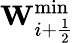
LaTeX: \mathbf{W}_{i+\frac{1}{2}}^{\operatorname*{min}}